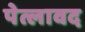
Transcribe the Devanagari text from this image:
पेत्लावद